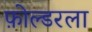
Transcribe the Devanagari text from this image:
फ़ोल्डरला